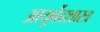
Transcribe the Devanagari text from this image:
आयुर्वेदशास्त्र